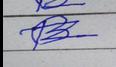
Signature authenticity: forged